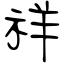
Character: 祥